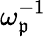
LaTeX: \omega_{\mathfrak{p}}^{-1}